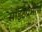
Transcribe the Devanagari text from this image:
साइटप्रमाणे